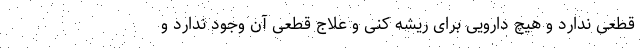
قطعی ندارد و هیچ دارویی برای ریشه کنی و علاج قطعی آن وجود ندارد و